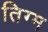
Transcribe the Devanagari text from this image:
तिग्म